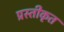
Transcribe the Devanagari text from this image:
प्रस्तीकृत